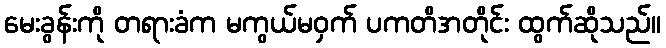
မေးခွန်းကို တရားခံက မကွယ်မဝှက် ပကတိအတိုင်း ထွက်ဆိုသည်။